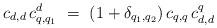
LaTeX: \begin{align*}c_{d,d}{\,}c_{q,q_1}^d ~=~ (1+\delta_{q_1,q_2}){\,}c_{q,q}{\,}c_{d,d}^q\end{align*}